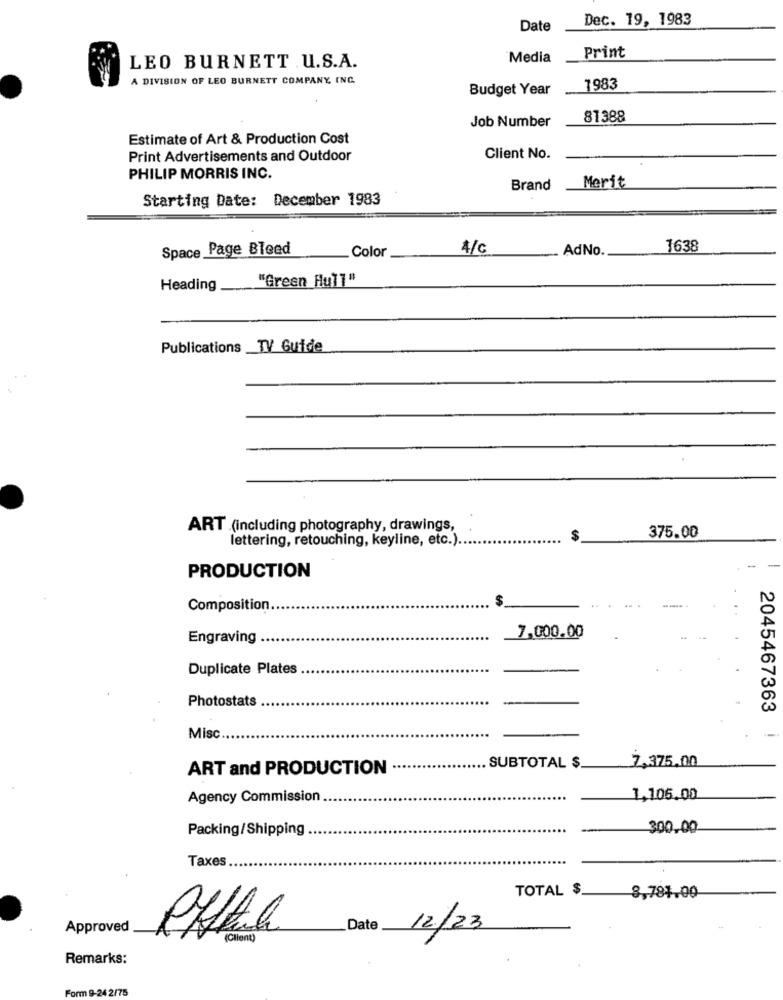
Dec. 19, 1983
Date
Media
Print
LEO BURNETT U.S.A.
A DIVISION OF LEO BURNETT COMPANY, INC.
Budget Year
1983
Job Number
81388
Estimate of Art & Production Cost
Print Advertisements and Outdoor
Client No.
PHILIP MORRIS INC.
Brand
Merit
Starting Date: December 1983
Space Page Bleed
Color
4/G
AdNo
1638
"Green Hu]]"
Heading
Publications _TV Guide
ART .(including photography, drawings,
lettering, retouching, keyline, etc.) ..
$
375.00
PRODUCTION
$
Composition.
Engraving
7,000.00
Duplicate Plates
Photostats
2045467363
Misc
7.375.00
ART and PRODUCTION
. SUBTOTAL $
Agency Commission
1,105.00
Packing/Shipping
300.00
Taxes
TOTAL $
8,781.00
Approved
Date
12/23
Ofta
(Client)
Remarks:
Form 9-24 2/75